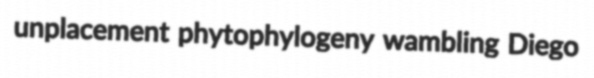
unplacement phytophylogeny wambling Diego